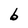
Character: b